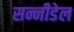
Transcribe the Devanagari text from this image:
सन्नीडेल